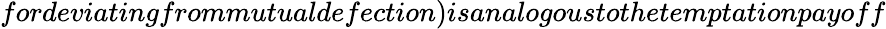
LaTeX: fordeviatingfrommutualdefection)isanalogoustothetemptationpayoff